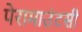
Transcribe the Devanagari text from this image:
पेरामाउंटसी